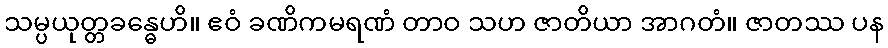
သမ္ပယုတ္တခန္ဓေဟိ။ ဧဝံ ခဏိကမရဏံ တာဝ သဟ ဇာတိယာ အာဂတံ။ ဇာတဿ ပန